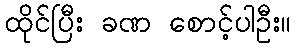
ထိုင်ပြီး ခဏ စောင့်ပါဦး။